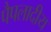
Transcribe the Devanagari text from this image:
पैपलादीय